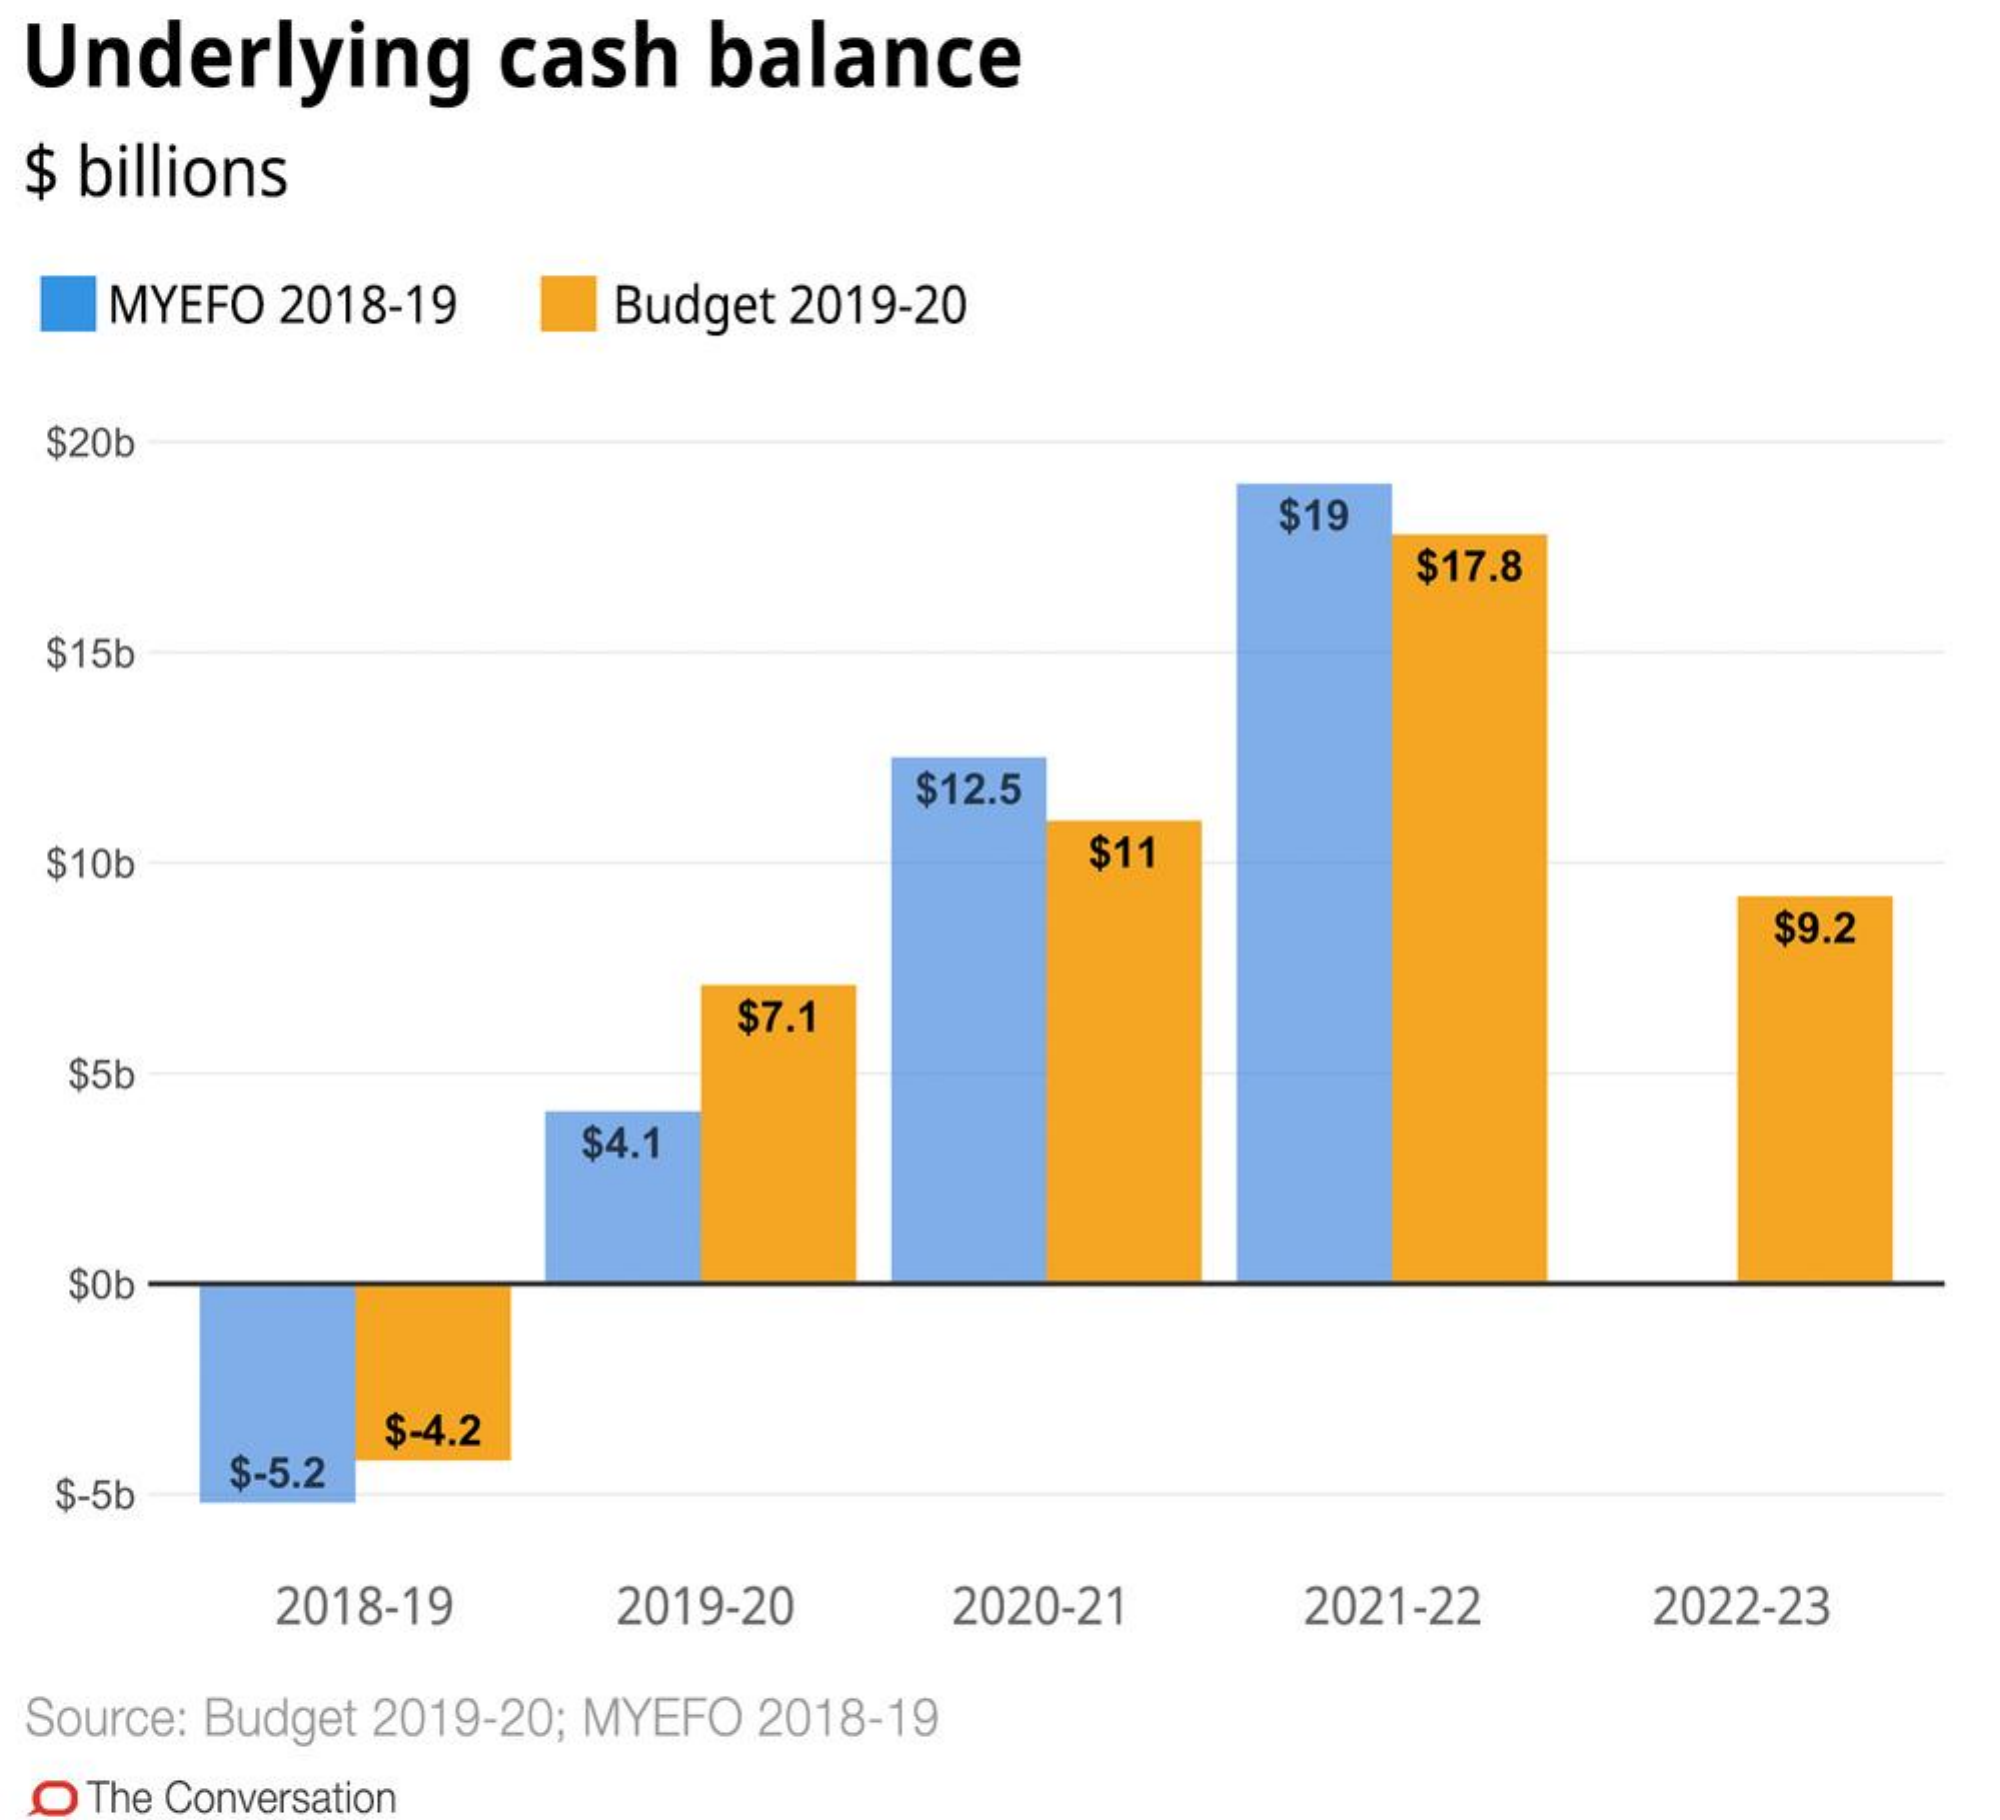
Underlying cash balance
  $ billions
   MYEFO 2018-19 Budget 2019-20
  $20b
     $19
     $17.8
  $15b
     $12.5
  $10b    $11
     $9.2
     $7.1
  $5b
     $4.1
  $0b
     $-4.2
  $-5b
     $-5.2
     2018-19 2019-20 2020-21 2021-22 2022-23
  Source: Budget 2019-20; MYEFO 2018-19
  O The Conversation